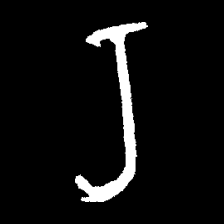
Pyu character \u2014 Myanmar letter: ရ (romanized: ra)